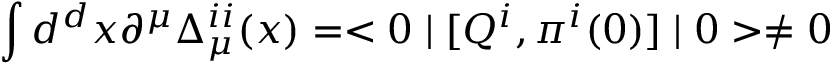
\int d ^ { d } x \partial ^ { \mu } \Delta _ { \mu } ^ { i i } ( x ) = < 0 \mid [ Q ^ { i } , \pi ^ { i } ( 0 ) ] \mid 0 > \not = 0